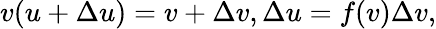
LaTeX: v(u+\Delta u)=v+\Delta v,\Delta u=f(v)\Delta v,